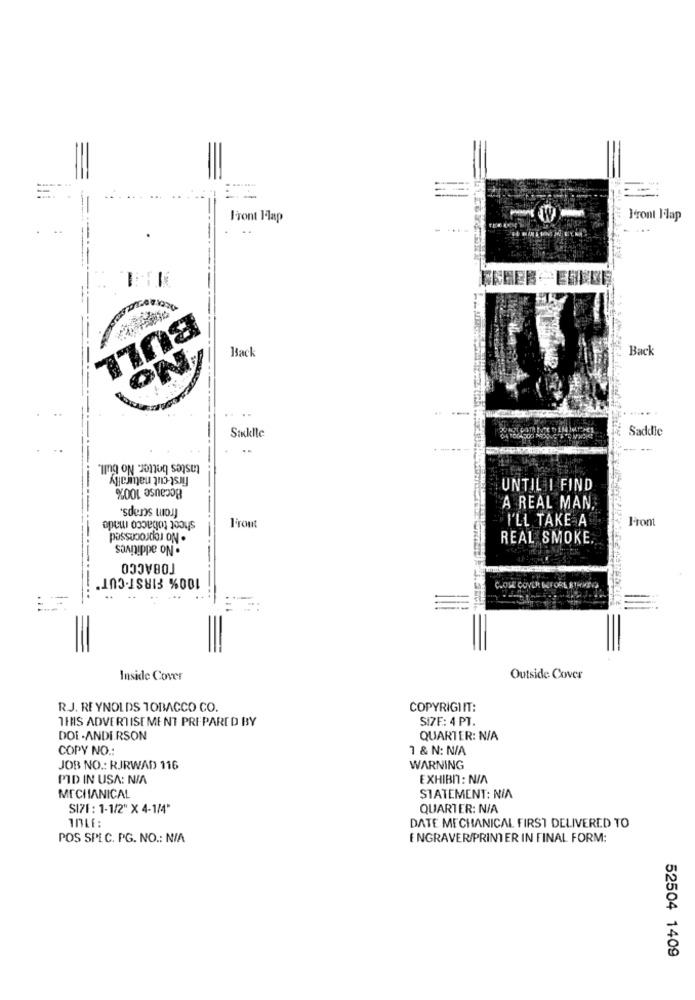
Front I-lap
Feront Flap
Back
Back
BULL
Sinklle
Saddle
tastes better. No bull.
first cut naturally
Because 100%
UNTIL I FIND
from scraps.
A REAL MAN.
sheet tobacco made
I'LL TAKE A
Fromt
l'Front
passupostoI oN .
· No additives
REAL SMOKE
TOBACCO
100% FIRST-CUT"
COME COVER BEFORE STRATVS
Inside Cover
Outside Cover
RJ. REYNOLDS TOBACCO CO.
COPYRIGIIT:
THIS ADVERTISEMENT PREPARED BY
SIZE: 4 PT.
DOL.ANDERSON
QUARTER: N/A
COPY NO.
1 & N: N/A
JOB NO .: RJRWAD 116
WARNING
PID IN USA: N/A
EXHIBN : N/A
MECHANICAL
STATEMENT: N/A
SI71 : 1-1/2" X 4-1/4"
QUARTER: N/A
DATE MECHANICAL FIRST DELIVERED TO
POS SPEC. PG. NO .: N/A
E NGRAVER/PRINTER IN FINAL FORM:
52504 1409